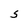
Character: S